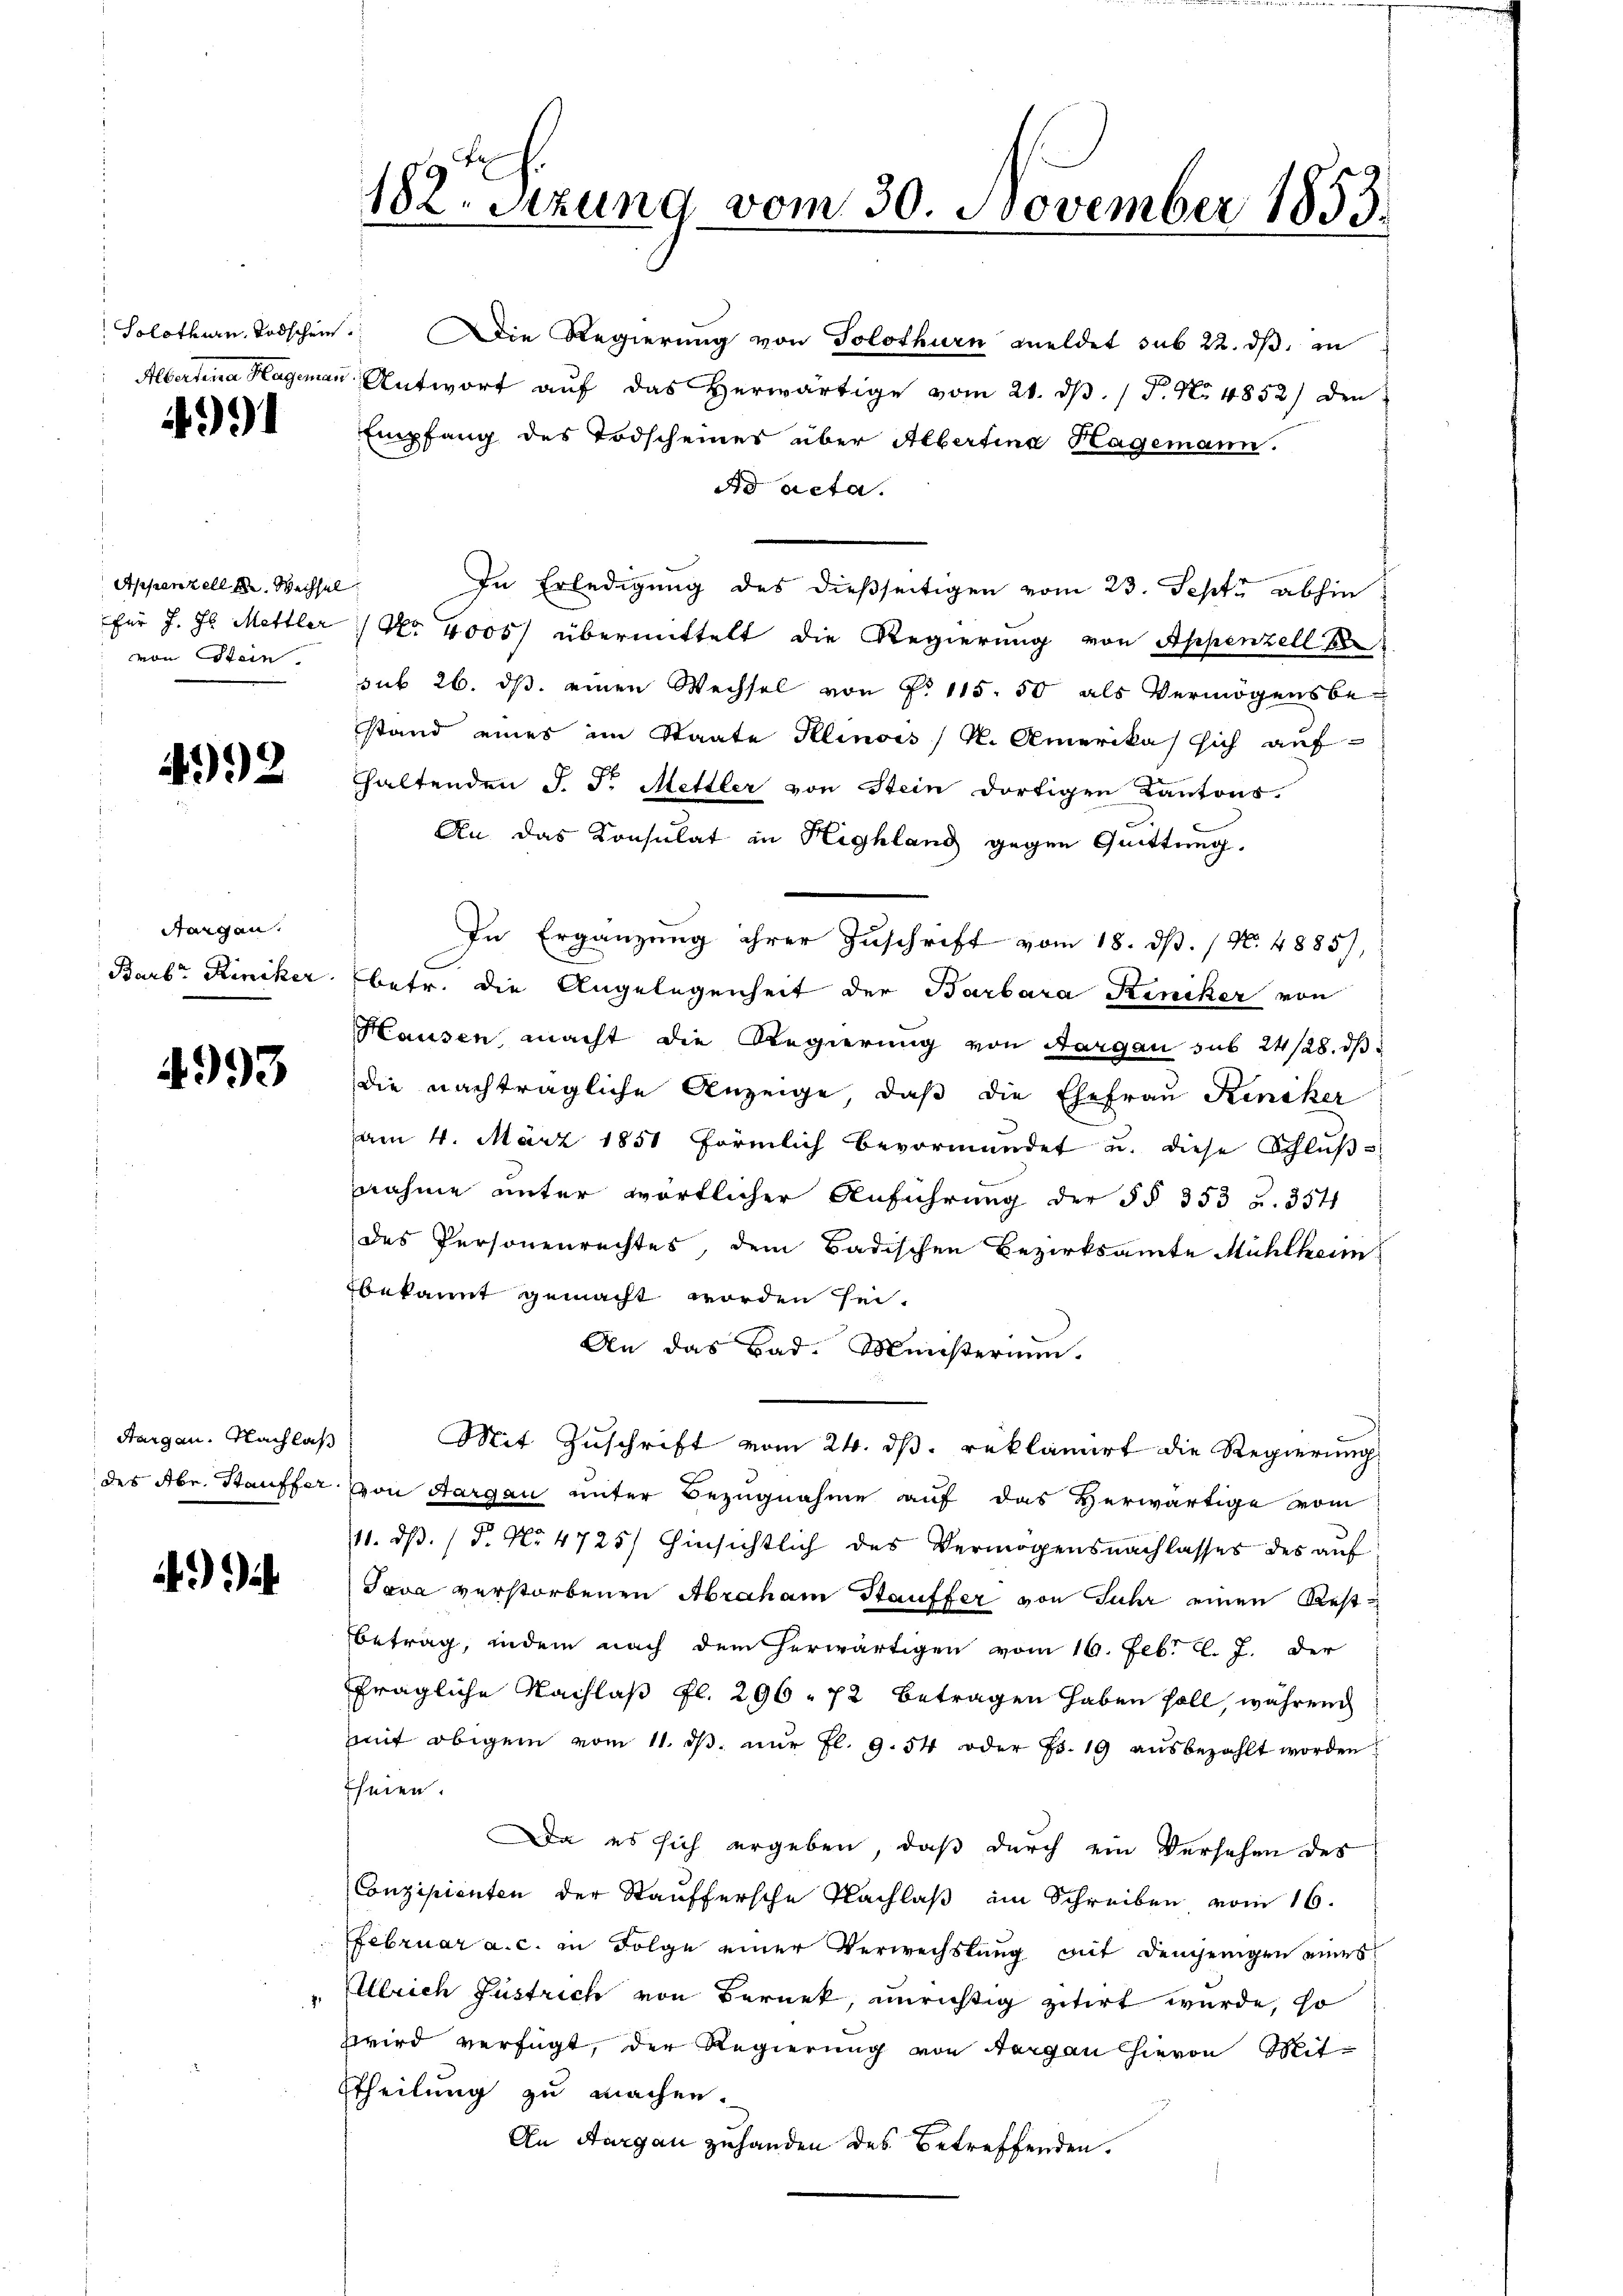
4991

Appenzell A. Wechsel
von Stein

4992

Sargan

4993

A

Solothurn. Todschein. Die Regierŭng von Solothurn meldet sub 22. dβ in
Albertina Hageman Antwort aŭf das herwärtige vom 21. dβ. / P. No 4852) den
Empfang des Todscheines über Albertina Hagemann.
dd acta.
In Erledigung des dießseitigen vom 23. Sept abhin
für J. J. Mettler 1 Nr. 4000 übermittelt die Regierung von Appenzell B
sub 26. ds. einen Wechsel von P. 115. 50 als Vermögensbestand eines im Staate Plinois / M. Amerikas sich aufthaltenden J. J. Mettler von Stein dortigen Kantons-
An das Konsulat in Highland gegen Quittung.
In Ergänzung ihrer Zuschrift vom 18. dß. / N. 4885),
Barb. Riniker betr. die Angelegenheit der Barbara Keniker von
Hausen macht die Regierung von Aargau sub 24/28. dβ
die nachträgliche Anzeige, daß die Ehefrau Keniker
am 4. März 1851 förmlich bevormündet u. diese Schlŭβ-
nahme unter wörtlicher Anführung der §§ 353 u. 354
des Personenrechtes, dem Badischen Bezirksamte Mühlheim
bekannt gemacht worden sei¬
An das Bad. Münsterium.
Aargau. Nachlaβ Mit Zuschrift vom 24. dβ. reklamirt die Regierung
des Aber Stauffer von Aargau unter Bezugnahme auf das Herwärtige vom
11. ds. (T. No 4725) Hinsichtlich des Vermögensnachlasses des auf
Java verstorbenen Abraham Stauffer von Jahr einen Rest¬
Betrag, indem nach dem herwärtigen vom 16. Febr. l. J. der
fragliche Nachlaß fl. 296. 72 betragen haben soll, während
mit obigem vom 11. dβ. nŭr fl. 9. 54 oder Fr. 19 aŭsbezahlt worden
fseien.
Da es sich ergeben, daß durch ein Versehen des
Conzipienten der Stauffersche Nachlaß am Schreiben vom 16.
FFebruar a. c. in Folge einer Verwechslung mit demjenigen eines
Ullrich Gustrich von Bernet, unrichtig zitirt wurde, so
zwird verfügt, der Regierung von ergan hievon Mitttheilung zu machen.
An Aargau zuhanden des Betreffenden.

182. Sitzung vom 30. November 1853.